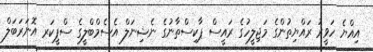
އިއްޔެ ހަވީރު ރައްޔިތުންގެ މަޖިލީހުގެ ރައީސް ޕާކިސްތާނުގެ ނެޝިނަލް އެސެމްބްލީގެ ސްޕީކަރ އޮނަރަބަލް